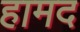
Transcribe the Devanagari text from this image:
हामद